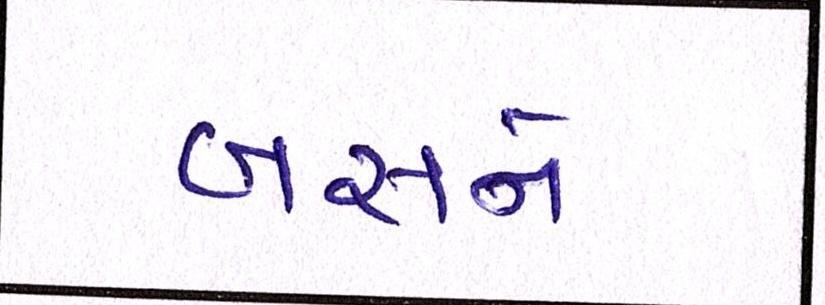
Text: બસને